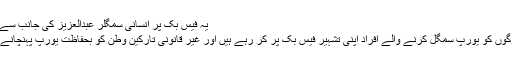
یہ فیس بک پر انسانی سمگلر عبدالعزیز کی جانب سے کی جانی والی پوسٹ ہے
بحیرۂ روم کے ذریعے لوگوں کو یورپ سمگل کرنے والے افراد اپنی تشہیر فیس بک پر کر رہے ہیں اور غیر قانونی تارکین وطن کو بحفاظت یورپ پہنچانے کے وعدے کر رہے ہیں۔